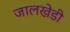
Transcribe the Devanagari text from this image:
जालखेडी